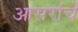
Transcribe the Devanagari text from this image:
आसरांचे